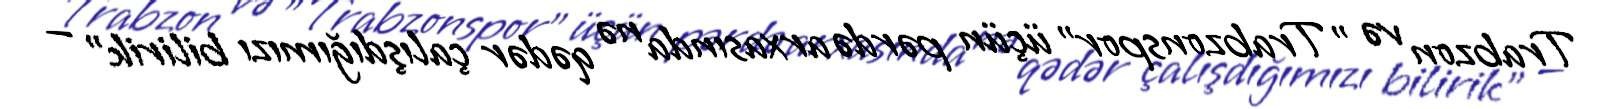
Trabzon və "Trabzonspor" üçün pərdə arxasında nə qədər çalışdığımızı bilirik" —